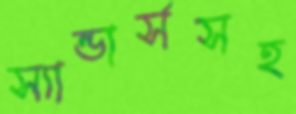
স্যান্ডার্সসহ